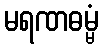
မရဏဓမ္မံ